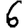
Digit: 6